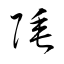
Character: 陲